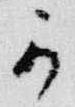
可